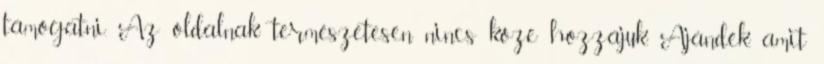
támogatni. Az oldalnak természetesen nincs köze hozzájuk. Ajándék, amit